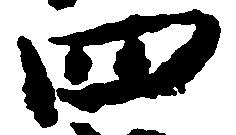
四